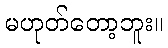
မဟုတ်တော့ဘူး။